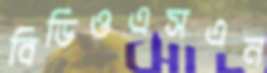
বিডিওএসএন